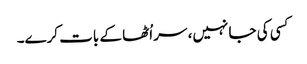
کسی کی جا نہیں، سر اُٹھا کے بات کرے۔